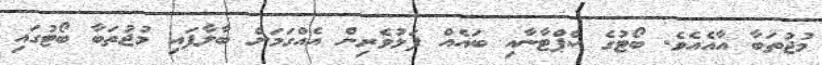
މުޖުތަބާ އާއެއެވެ. ބޯޓުގެ ކެޕްޓާނާއި ބައެއް ފަޅުވެރިން އެއްގަމަށް ބާލާފައި މުޖުތަބާ ބޯޓުގައި